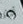
أكثر